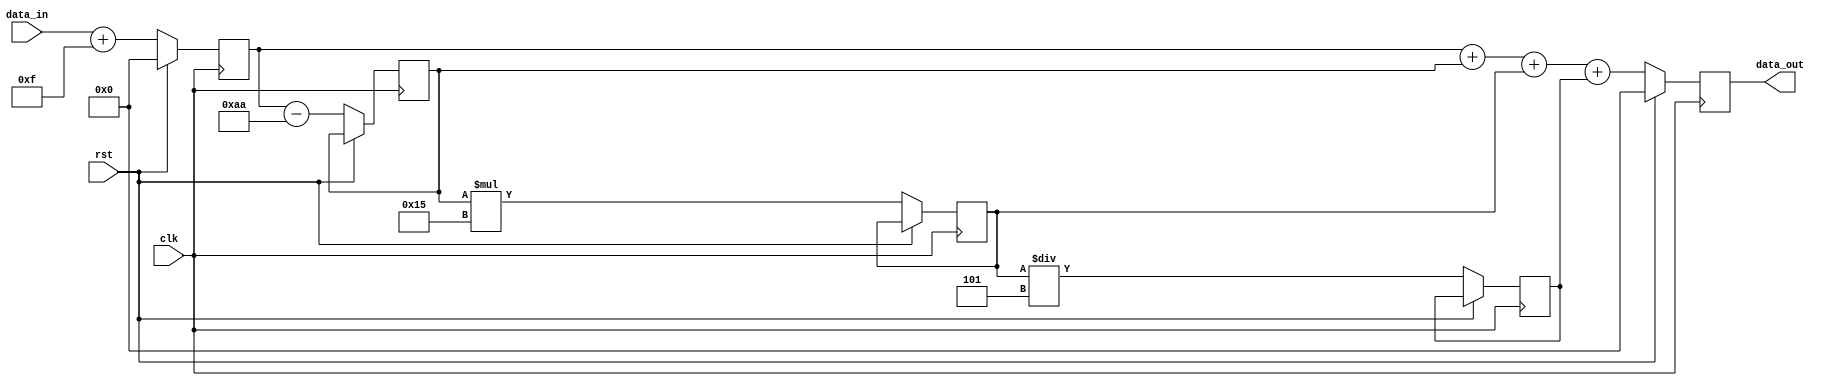
module PipelineAccumulator (
    input wire clk,
    input wire rst,
    input wire [31:0] data_in,
    output wire [31:0] data_out
);

reg [31:0] pipeline_output [3:0];
reg [31:0] accum_output;

// Arithmetic blocks
always @ (posedge clk) begin
    if (rst) begin
        pipeline_output[0] <= 0;
    end else begin
        pipeline_output[0] <= data_in + 4'b1111; // Example addition operation
        pipeline_output[1] <= pipeline_output[0] - 8'b10101010; // Example subtraction operation
        pipeline_output[2] <= pipeline_output[1] * 5'b10101; // Example multiplication operation
        pipeline_output[3] <= pipeline_output[2] / 3'b101; // Example division operation
    end
end

// Accumulator
always @ (posedge clk) begin
    if (rst) begin
        accum_output <= 0;
    end else begin
        accum_output <= pipeline_output[0] + pipeline_output[1] + pipeline_output[2] + pipeline_output[3];
    end
end

assign data_out = accum_output;

endmodule